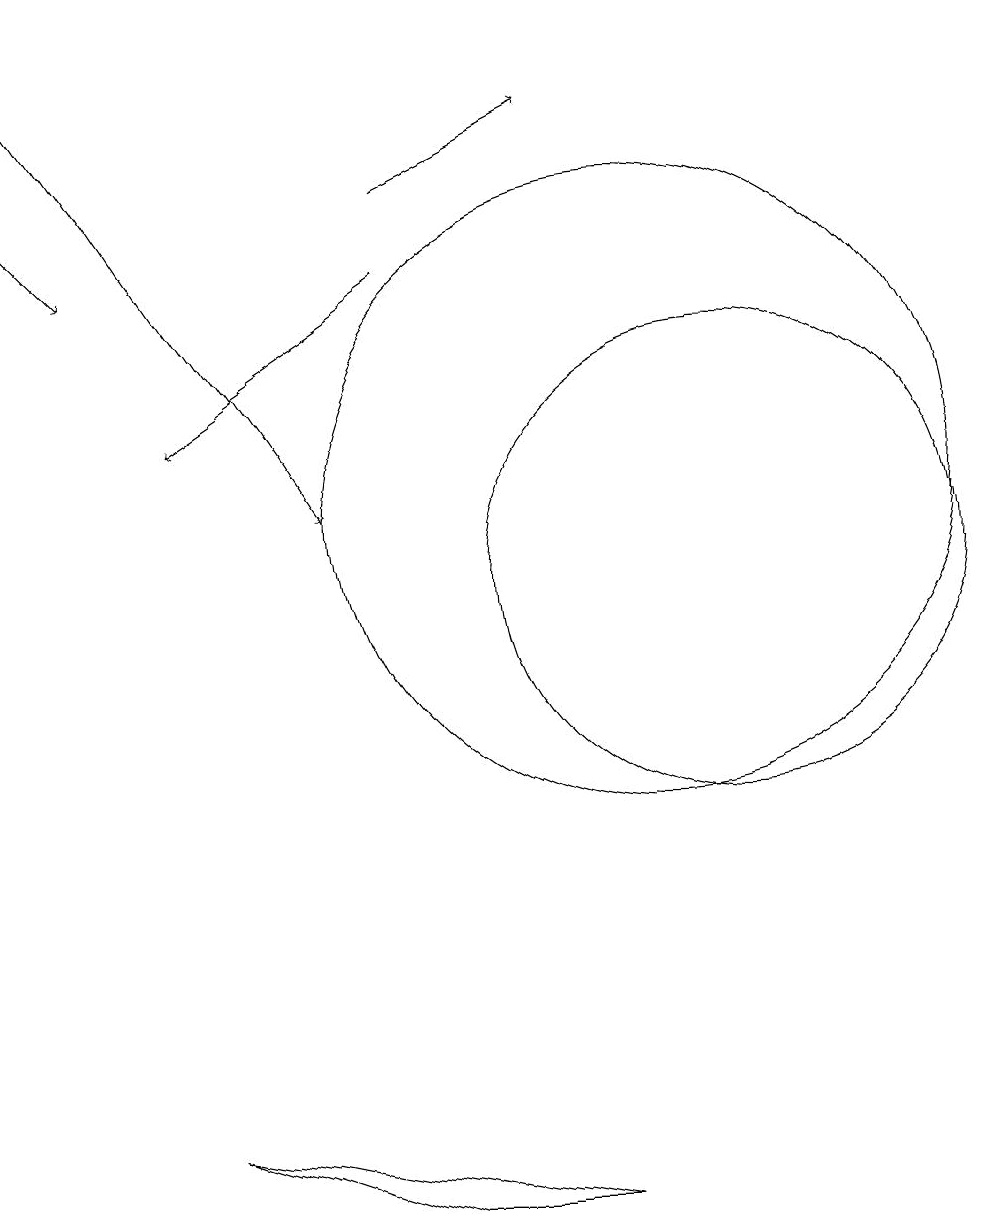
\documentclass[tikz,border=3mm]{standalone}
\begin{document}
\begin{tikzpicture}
\draw (10,11) circle (4);
\draw[->] (7,15) -- (9,16);
\draw (11,10) circle (3);
\draw[->] (7,14) -- (4,12);
\draw[->] (2,17) -- (6,11);
\draw (7,2) -- (9,2) -- (4,3) -- cycle;
\draw[->] (2,15) -- (3,14);
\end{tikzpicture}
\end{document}